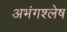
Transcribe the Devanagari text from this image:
अभंगश्लेष